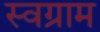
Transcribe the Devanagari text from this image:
स्वग्राम